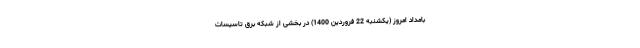
بامداد امروز (یکشنبه 22 فروردین 1400) در بخشی از شبکه برق تاسیسات